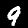
Digit: 9